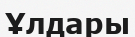
Ұлдары